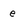
Character: e